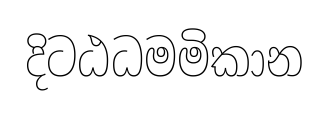
දිටඨධමමිකාන